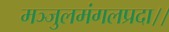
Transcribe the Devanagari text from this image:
मञ्जुलमंगलप्रदा।।